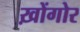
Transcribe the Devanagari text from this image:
ख़ोंगोर